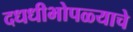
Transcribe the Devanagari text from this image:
दधधीभोपळ्याचे